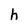
Character: h